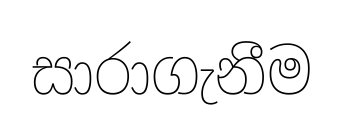
සාරාගැනීම